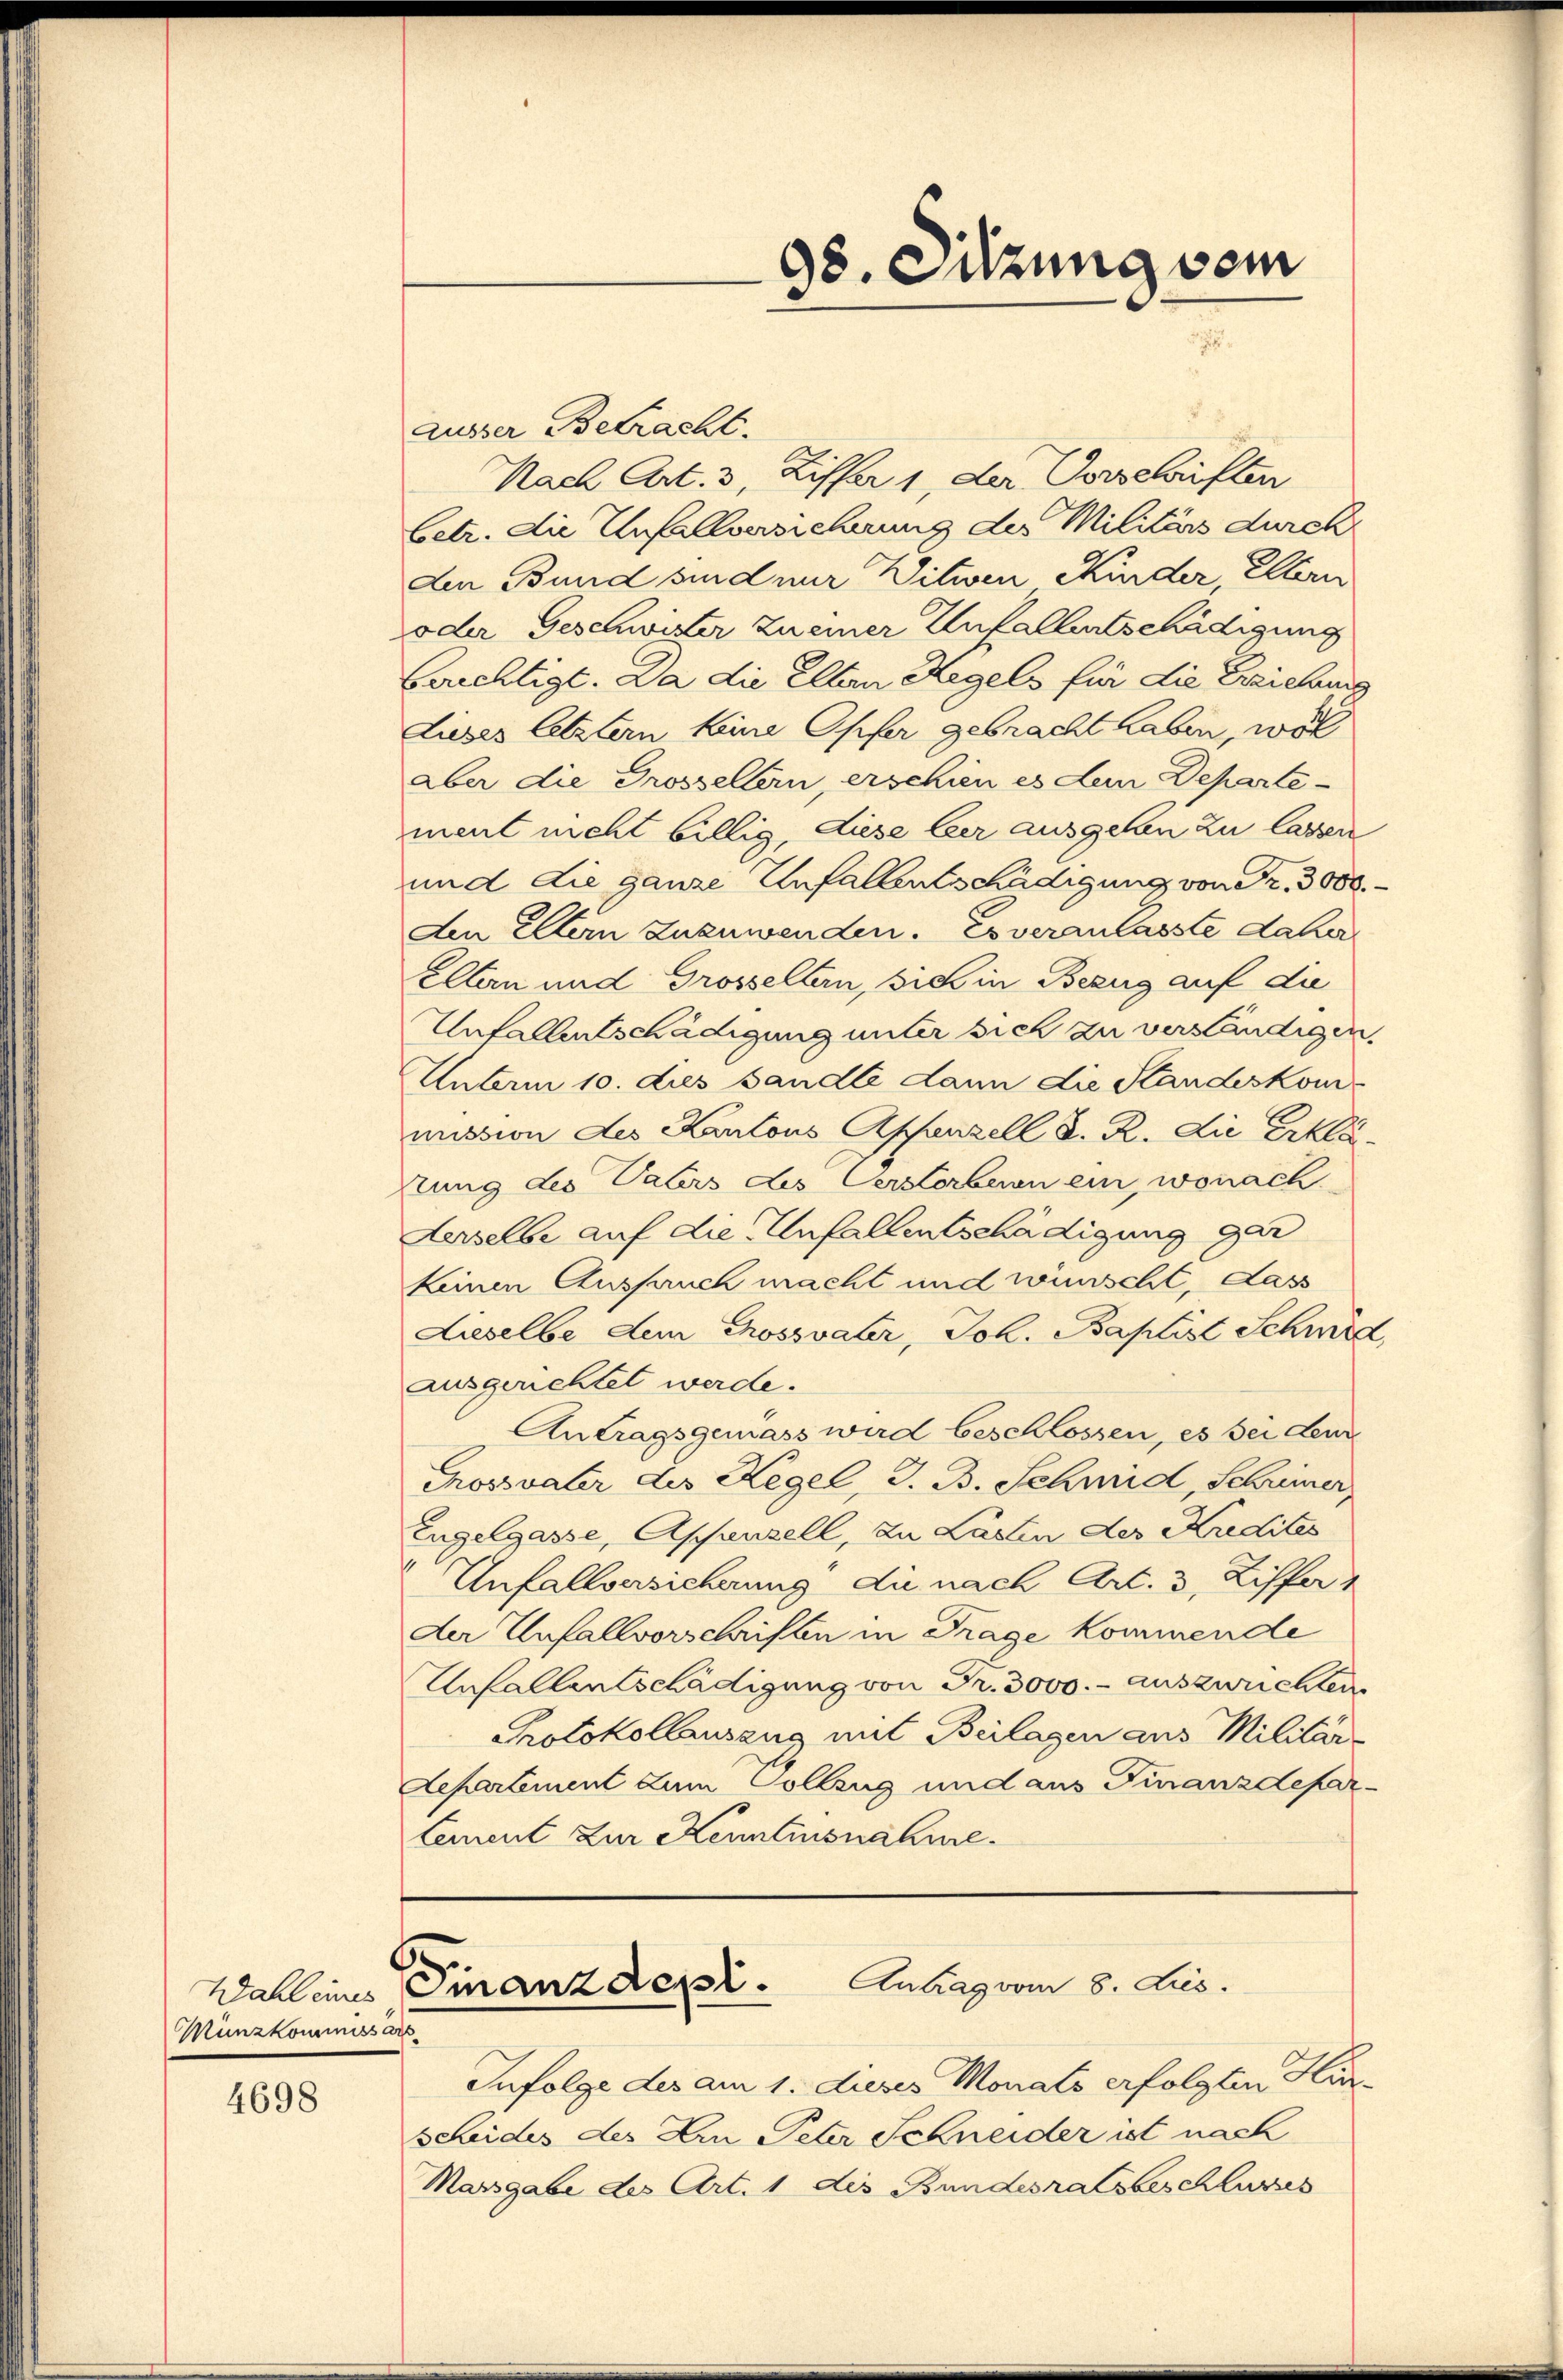
Wahl eines
Munzkommissärs

4698

ausser Betracht.
Nach Art. 3, Ziffer 1, der Vorschriften
betr. die Unfallversicherung der Militärs durch
Den Bund sind nur Witwen Kinder, Eltern
oder Geschwister zu einer Unfallentschädigung
Caichtigt. Da die Eltern Regels für die Erziehung
Lieses letztern keine Opfer gebracht haben, woll
aber die Grosseltern, erschien es den Departe
ment nicht billig, diese ber ausgehen zu lassen
und die ganze Unfallentschädigung von Fr. 3000.
den Eltern zuzuwenden. Es veranlasste daher
elten und Grosseltern, sich in Bezug auf die
Unfallentschädigung unter sich zu verständigen.
Unterm 10. dies handli dann die Standeskom
mission des Kantons Appenzell S. R. die Erklä
stung des Vaters des Verstorben ein, wonach
Aerselbe auf die Unfallentschädigung ger
keinen Aussauch macht und wünscht, dass
Lieselbe dem Chrossvater, Joh. Baptist Schmid,
ausgerichtet werde.
Antragsgemäss wird beschlossen, es sei den
Grossvater des Regel, J. B. Schmid, Schrimer
Engelgasse, Appenzell, zu Lasten der Kredites
Unfallversicherung die nach Art. 3, Ziffer
der Unfallvorschriften in Frage kommende
Unfallentschädigung von Fr. 3000.- auszurichten
Protokollauszug mit Beilagen aus Militär-
Departement zum Collzug und aus Finanzdepar¬
Lement zur Kenntensnature.

98. Sitzung vom

Finanzdept. Antrag vom 8. Lies.

Infolge des am 1. dieses Monats erfolgten Hürscheides des Ain Peter Schneider ist nach
Massgabe des Art. 1 des Bundesratsbeschlusses